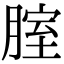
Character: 腟